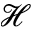
\mathcal { H }